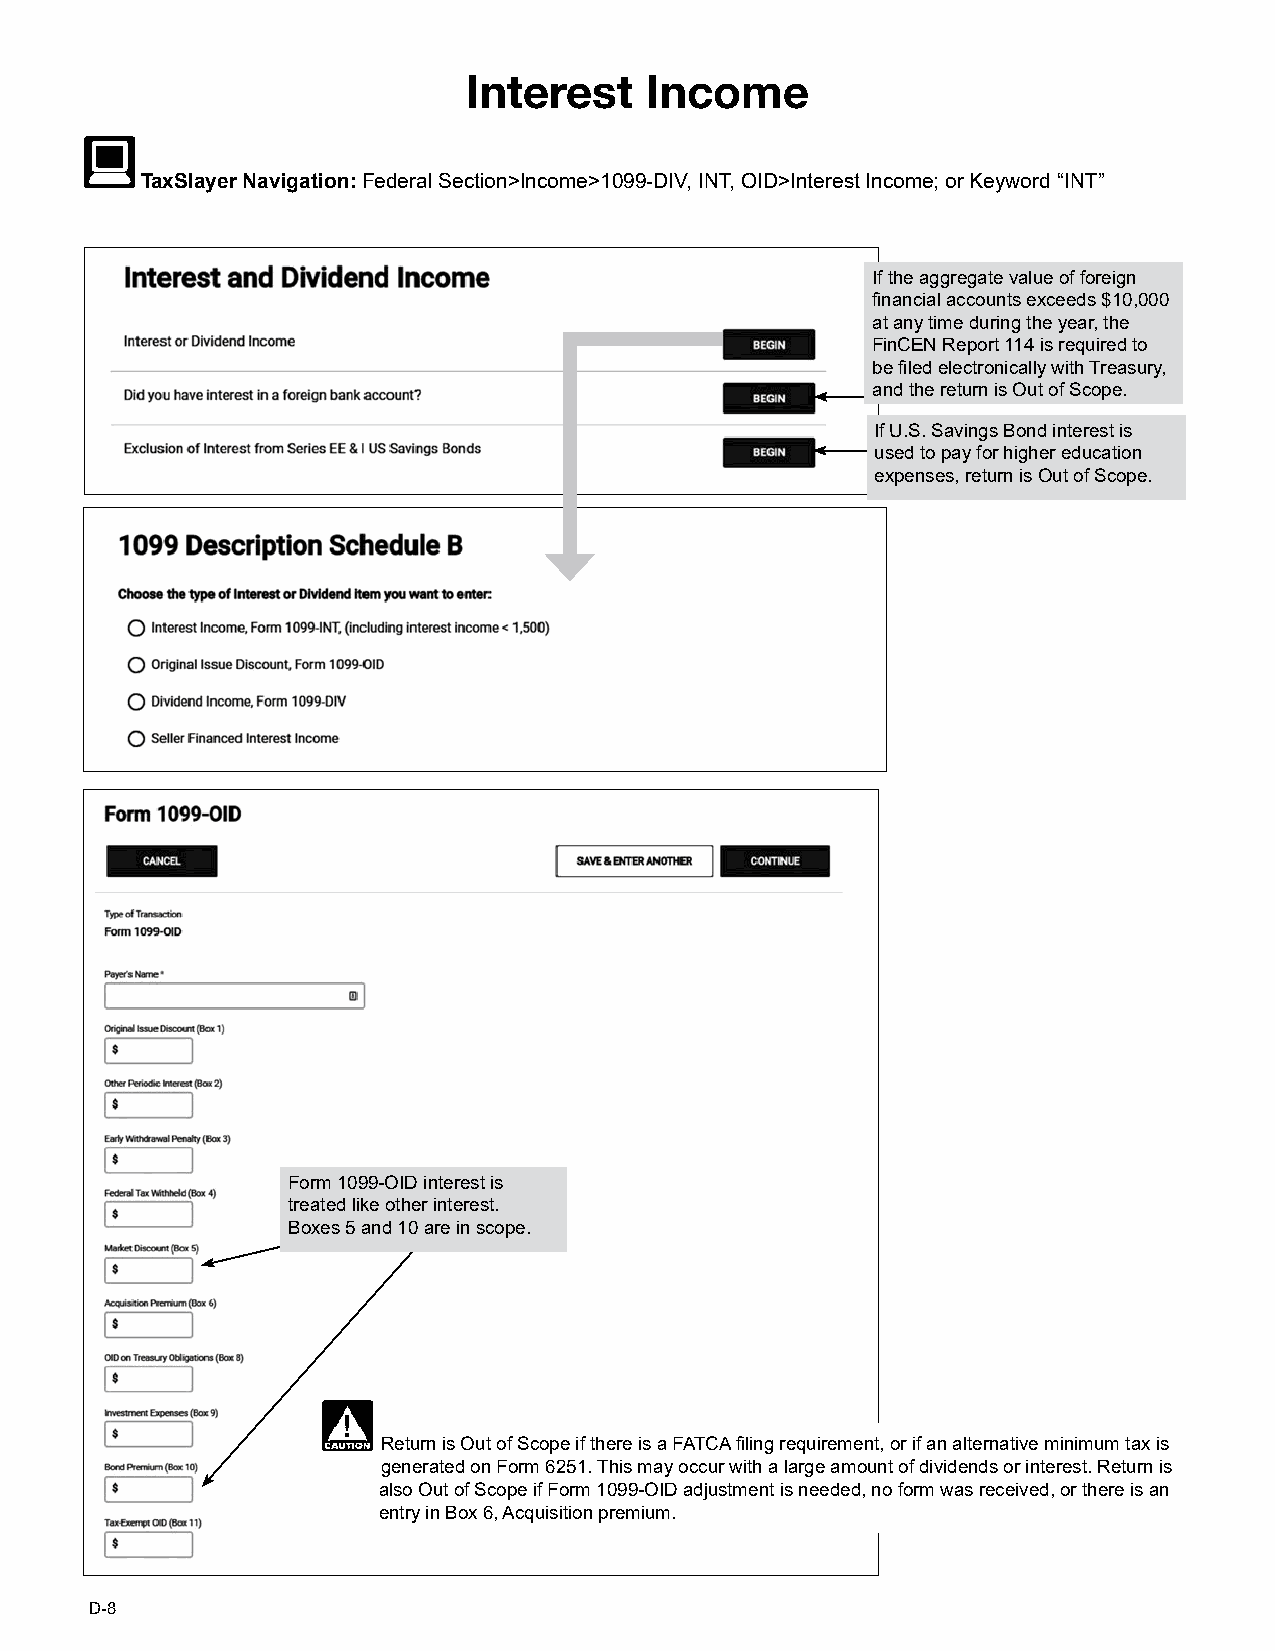
IInntteerreesstt IInnccoommee
 TTaaxxSSllaayyeerr NNaavviiggaattiioonn:: FFeeddeerraall SSeeccttiioonn>>IInnccoommee>>11009999--DDIIVV,, IINNTT,, OOIIDD>>IInntteerreesstt IInnccoommee;; oorr KKeeyywwoorrdd ““IINNTT””
 IIff tthhee aaggggrreeggaattee vvaalluuee ooff ffoorreeiiggnn
 fifinnaanncciiaall aaccccoouunnttss eexxcceeeeddss $$1100,,000000
 aatt aannyy ttiimmee dduurriinngg tthhee yyeeaarr,, tthhee
 FFiinnCCEENN RReeppoorrtt 111144 iiss rreeqquuiirreedd ttoo
 bbee fifilleedd eelleeccttrroonniiccaallllyy wwiitthh TTrreeaassuurryy,,
 aanndd tthhee rreettuurrnn iiss OOuutt ooff SSccooppee..
 IIff UU..SS.. SSaavviinnggss BBoonndd iinntteerreesstt iiss
 uusseedd ttoo ppaayy ffoorr hhiigghheerr eedduuccaattiioonn
 eexxppeennsseess,, rreettuurrnn iiss OOuutt ooff SSccooppee..
 Form 1099-OID interest is
 treated like other interest.
 Boxes 5 and 10 are in scope.
 Return is Out of Scope if there is a FATCA filing requirement, or if an alternative minimum tax is
 generated on Form 6251. This may occur with a large amount of dividends or interest. Return is
 also Out of Scope if Form 1099-OID adjustment is needed, no form was received, or there is an
 entry in Box 6, Acquisition premium.
 D-8